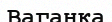
Ваганка